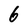
Character: 6